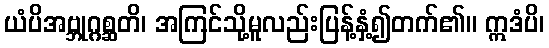
ယံပိအဗ္ဘုဂ္ဂစ္ဆတိ၊ အကြင်သို့မူလည်းပြန့်နှံ့၍တက်၏။ ဣဒံပိ၊